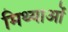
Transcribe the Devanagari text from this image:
मिथ्याओं